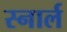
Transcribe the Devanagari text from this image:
स्नार्ल